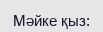
Мәйке қыз: